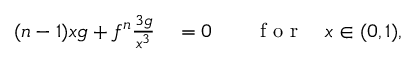
\begin{array} { r l r l } { ( n - 1 ) x g + f ^ { n } \frac { \d ^ { 3 } g } { \d x ^ { 3 } } } & { { } = 0 } & { } & { { } \mathrm { ~ f ~ o ~ r ~ } \quad x \in ( 0 , 1 ) , } \end{array}